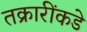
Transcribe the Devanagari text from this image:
तक्रारींकडे